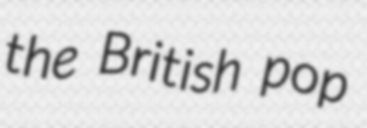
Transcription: the British pop